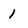
Character: 1